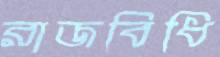
রাজবিধি